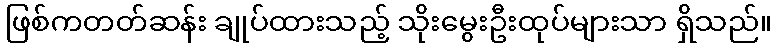
ဖြစ်ကတတ်ဆန်း ချုပ်ထားသည့် သိုးမွေးဦးထုပ်များသာ ရှိသည်။